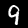
Label: 9